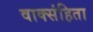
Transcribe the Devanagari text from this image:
वाक्संहिता